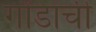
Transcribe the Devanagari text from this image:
गोंडांची